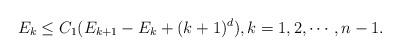
LaTeX: \begin{align*}E_k \le C_1(E_{k+1}-E_k + (k+1)^d), k=1,2,\cdots,n-1.\end{align*}